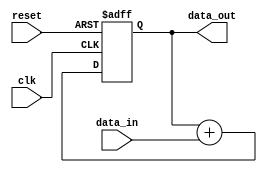
module pipeline_accumulator(
   input wire clk,
   input wire reset,
   input wire [7:0] data_in,
   output wire [15:0] data_out
);

reg [15:0] accumulator;

always @(posedge clk or posedge reset) begin
   if (reset) begin
      accumulator <= 16'h0000;
   end else begin
      accumulator <= accumulator + data_in;
   end
end

assign data_out = accumulator;

endmodule